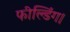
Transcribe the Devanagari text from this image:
फील्डिंग।